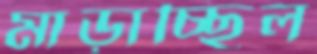
মাড়াচ্ছিল